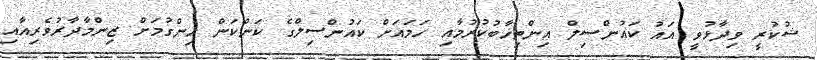
ޝުކުރީ ވިދާޅުވީ އައު ކަައުންސިލް އިންތިޚާބުކުރުމާއި ހަމައަށް ކައުންސިލްގެ ކަންކަން ހިންގުމަށް ޒިންމާދާރުވެރިއާއި